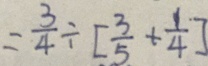
= \frac { 3 } { 4 } \div [ \frac { 3 } { 5 } + \frac { 1 } { 4 } ]